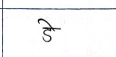
मजकूर: डे